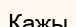
Кажы